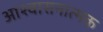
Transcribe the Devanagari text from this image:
आश्वासनात्मक